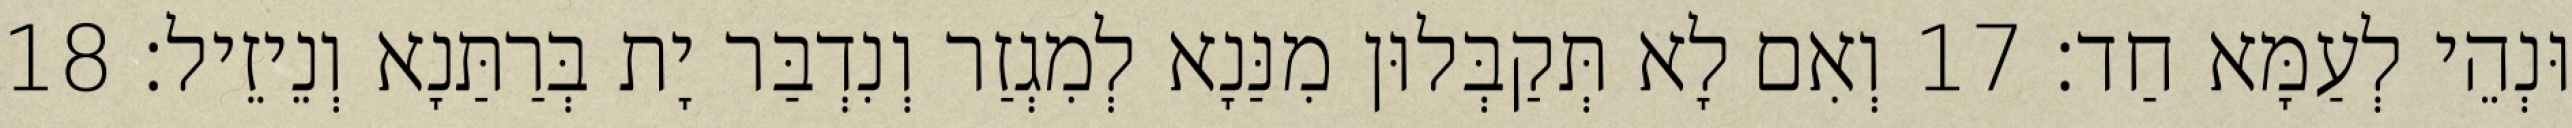
וּנְהֵי לְעַמָּא חַד׃ 17 וְאִם לָא תְּקַבְּלוּן מִנַּנָא לְמִגְזַר וְנִדְבַּר יָת בְּרַתַּנָא וְנֵיזֵיל׃ 18